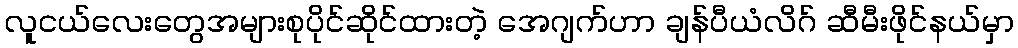
လူငယ်လေးတွေအများစုပိုင်ဆိုင်ထားတဲ့ အေဂျက်ဟာ ချန်ပီယံလိဂ် ဆီမီးဖိုင်နယ်မှာ